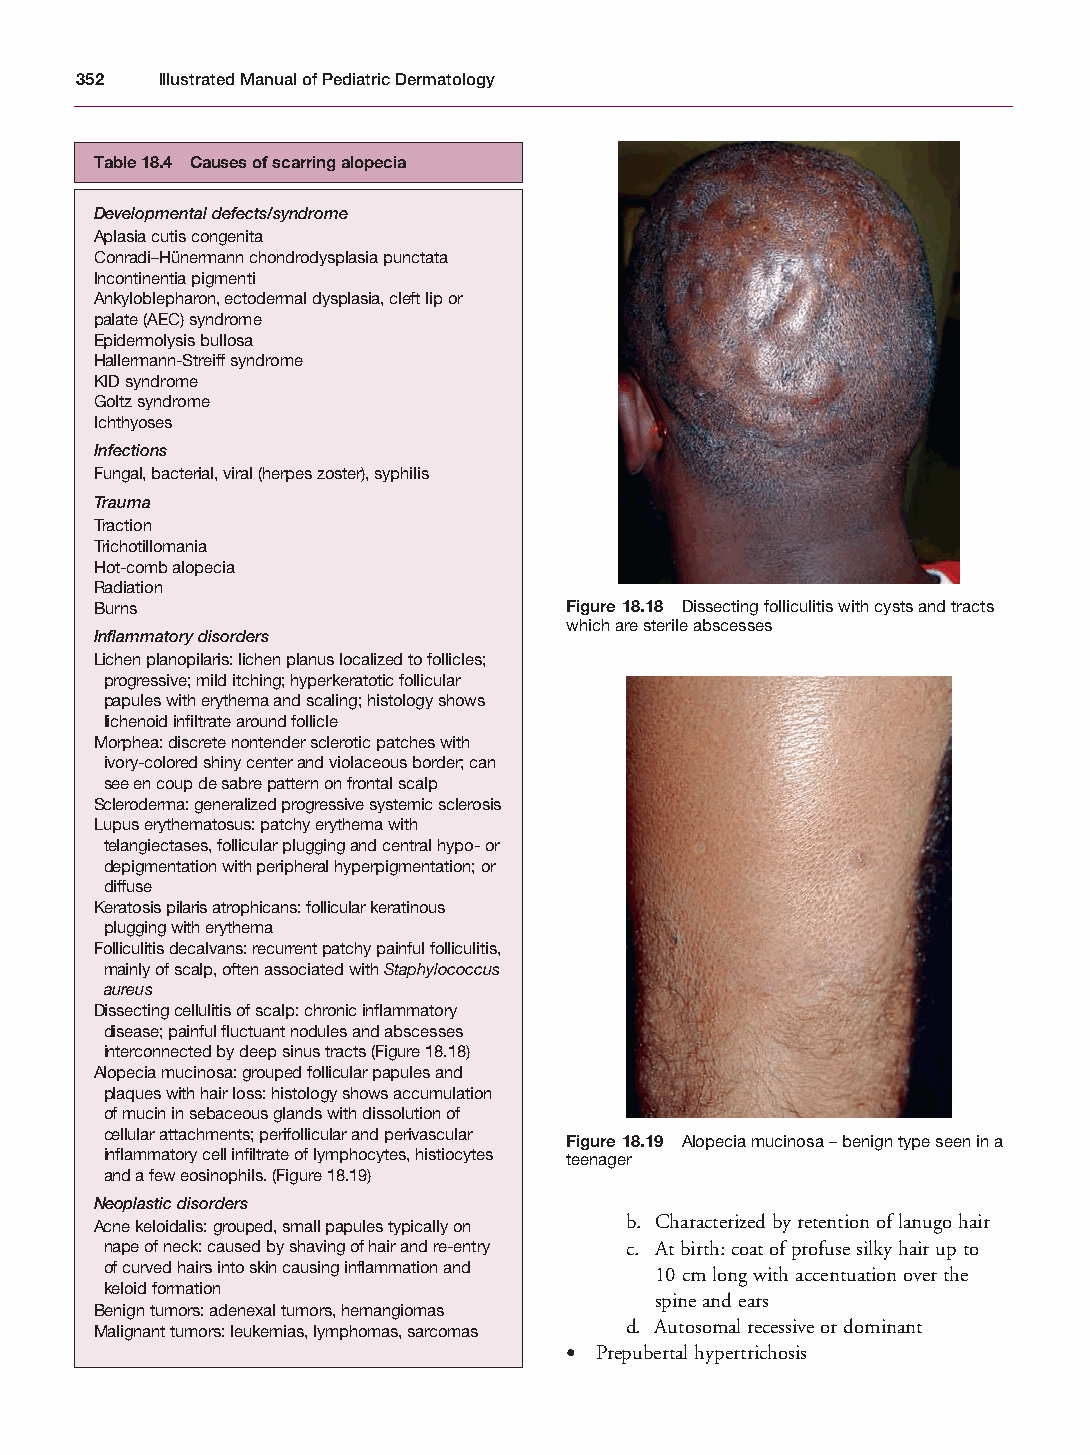
Mallory Chapter 18 27/1/05 2:55 pm Page 352
 352  Illustrated Manual of Pediatric Dermatology
 Table 18.4 Causes of scarring alopecia
 Developmental defects/syndrome
 Aplasia cutis congenita
 Conradi–Hünermann chondrodysplasia punctata
 Incontinentia pigmenti
 Ankyloblepharon, ectodermal dysplasia, cleft lip or
 palate (AEC) syndrome
 Epidermolysis bullosa
 Hallermann-Streiff syndrome
 KID syndrome
 Goltz syndrome
 Ichthyoses
 Infections
 Fungal, bacterial, viral (herpes zoster), syphilis
 Trauma
 Traction
 Trichotillomania
 Hot-comb alopecia
 Radiation
 Burns                          Figure 18.18 Dissecting folliculitis with cysts and tracts
 which are sterile abscesses
 Inflammatory disorders
 Lichen planopilaris: lichen planus localized to follicles;
 progressive; mild itching; hyperkeratotic follicular
 papules with erythema and scaling; histology shows
 lichenoid infiltrate around follicle
 Morphea: discrete nontender sclerotic patches with
 ivory-colored shiny center and violaceous border; can
 see en coup de sabre pattern on frontal scalp
 Scleroderma: generalized progressive systemic sclerosis
 Lupus erythematosus: patchy erythema with
 telangiectases, follicular plugging and central hypo- or
 depigmentation with peripheral hyperpigmentation; or
 diffuse
 Keratosis pilaris atrophicans: follicular keratinous
 plugging with erythema
 Folliculitis decalvans: recurrent patchy painful folliculitis,
 mainly of scalp, often associated with Staphylococcus
 aureus
 Dissecting cellulitis of scalp: chronic inflammatory
 disease; painful fluctuant nodules and abscesses
 interconnected by deep sinus tracts (Figure 18.18)
 Alopecia mucinosa: grouped follicular papules and
 plaques with hair loss: histology shows accumulation
 of mucin in sebaceous glands with dissolution of
 cellular attachments; perifollicular and perivascular
 Figure 18.19 Alopecia mucinosa – benign type seen in a
 inflammatory cell infiltrate of lymphocytes, histiocytes teenager
 and a few eosinophils. (Figure 18.19)
 Neoplastic disorders
 Acne keloidalis: grouped, small papules typically on b. Characterized by retention of lanugo hair
 nape of neck: caused by shaving of hair and re-entry c. At birth: coat of profuse silky hair up to
 of curved hairs into skin causing inflammation and 10cm long with accentuation over the
 keloid formation
 spine and ears
 Benign tumors: adenexal tumors, hemangiomas
 Malignant tumors: leukemias, lymphomas, sarcomas d. Autosomal recessive or dominant
 • Prepubertal hypertrichosis